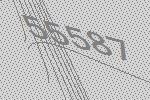
55587